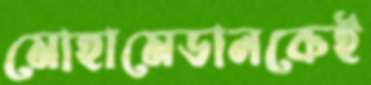
মোহামেডানকেই